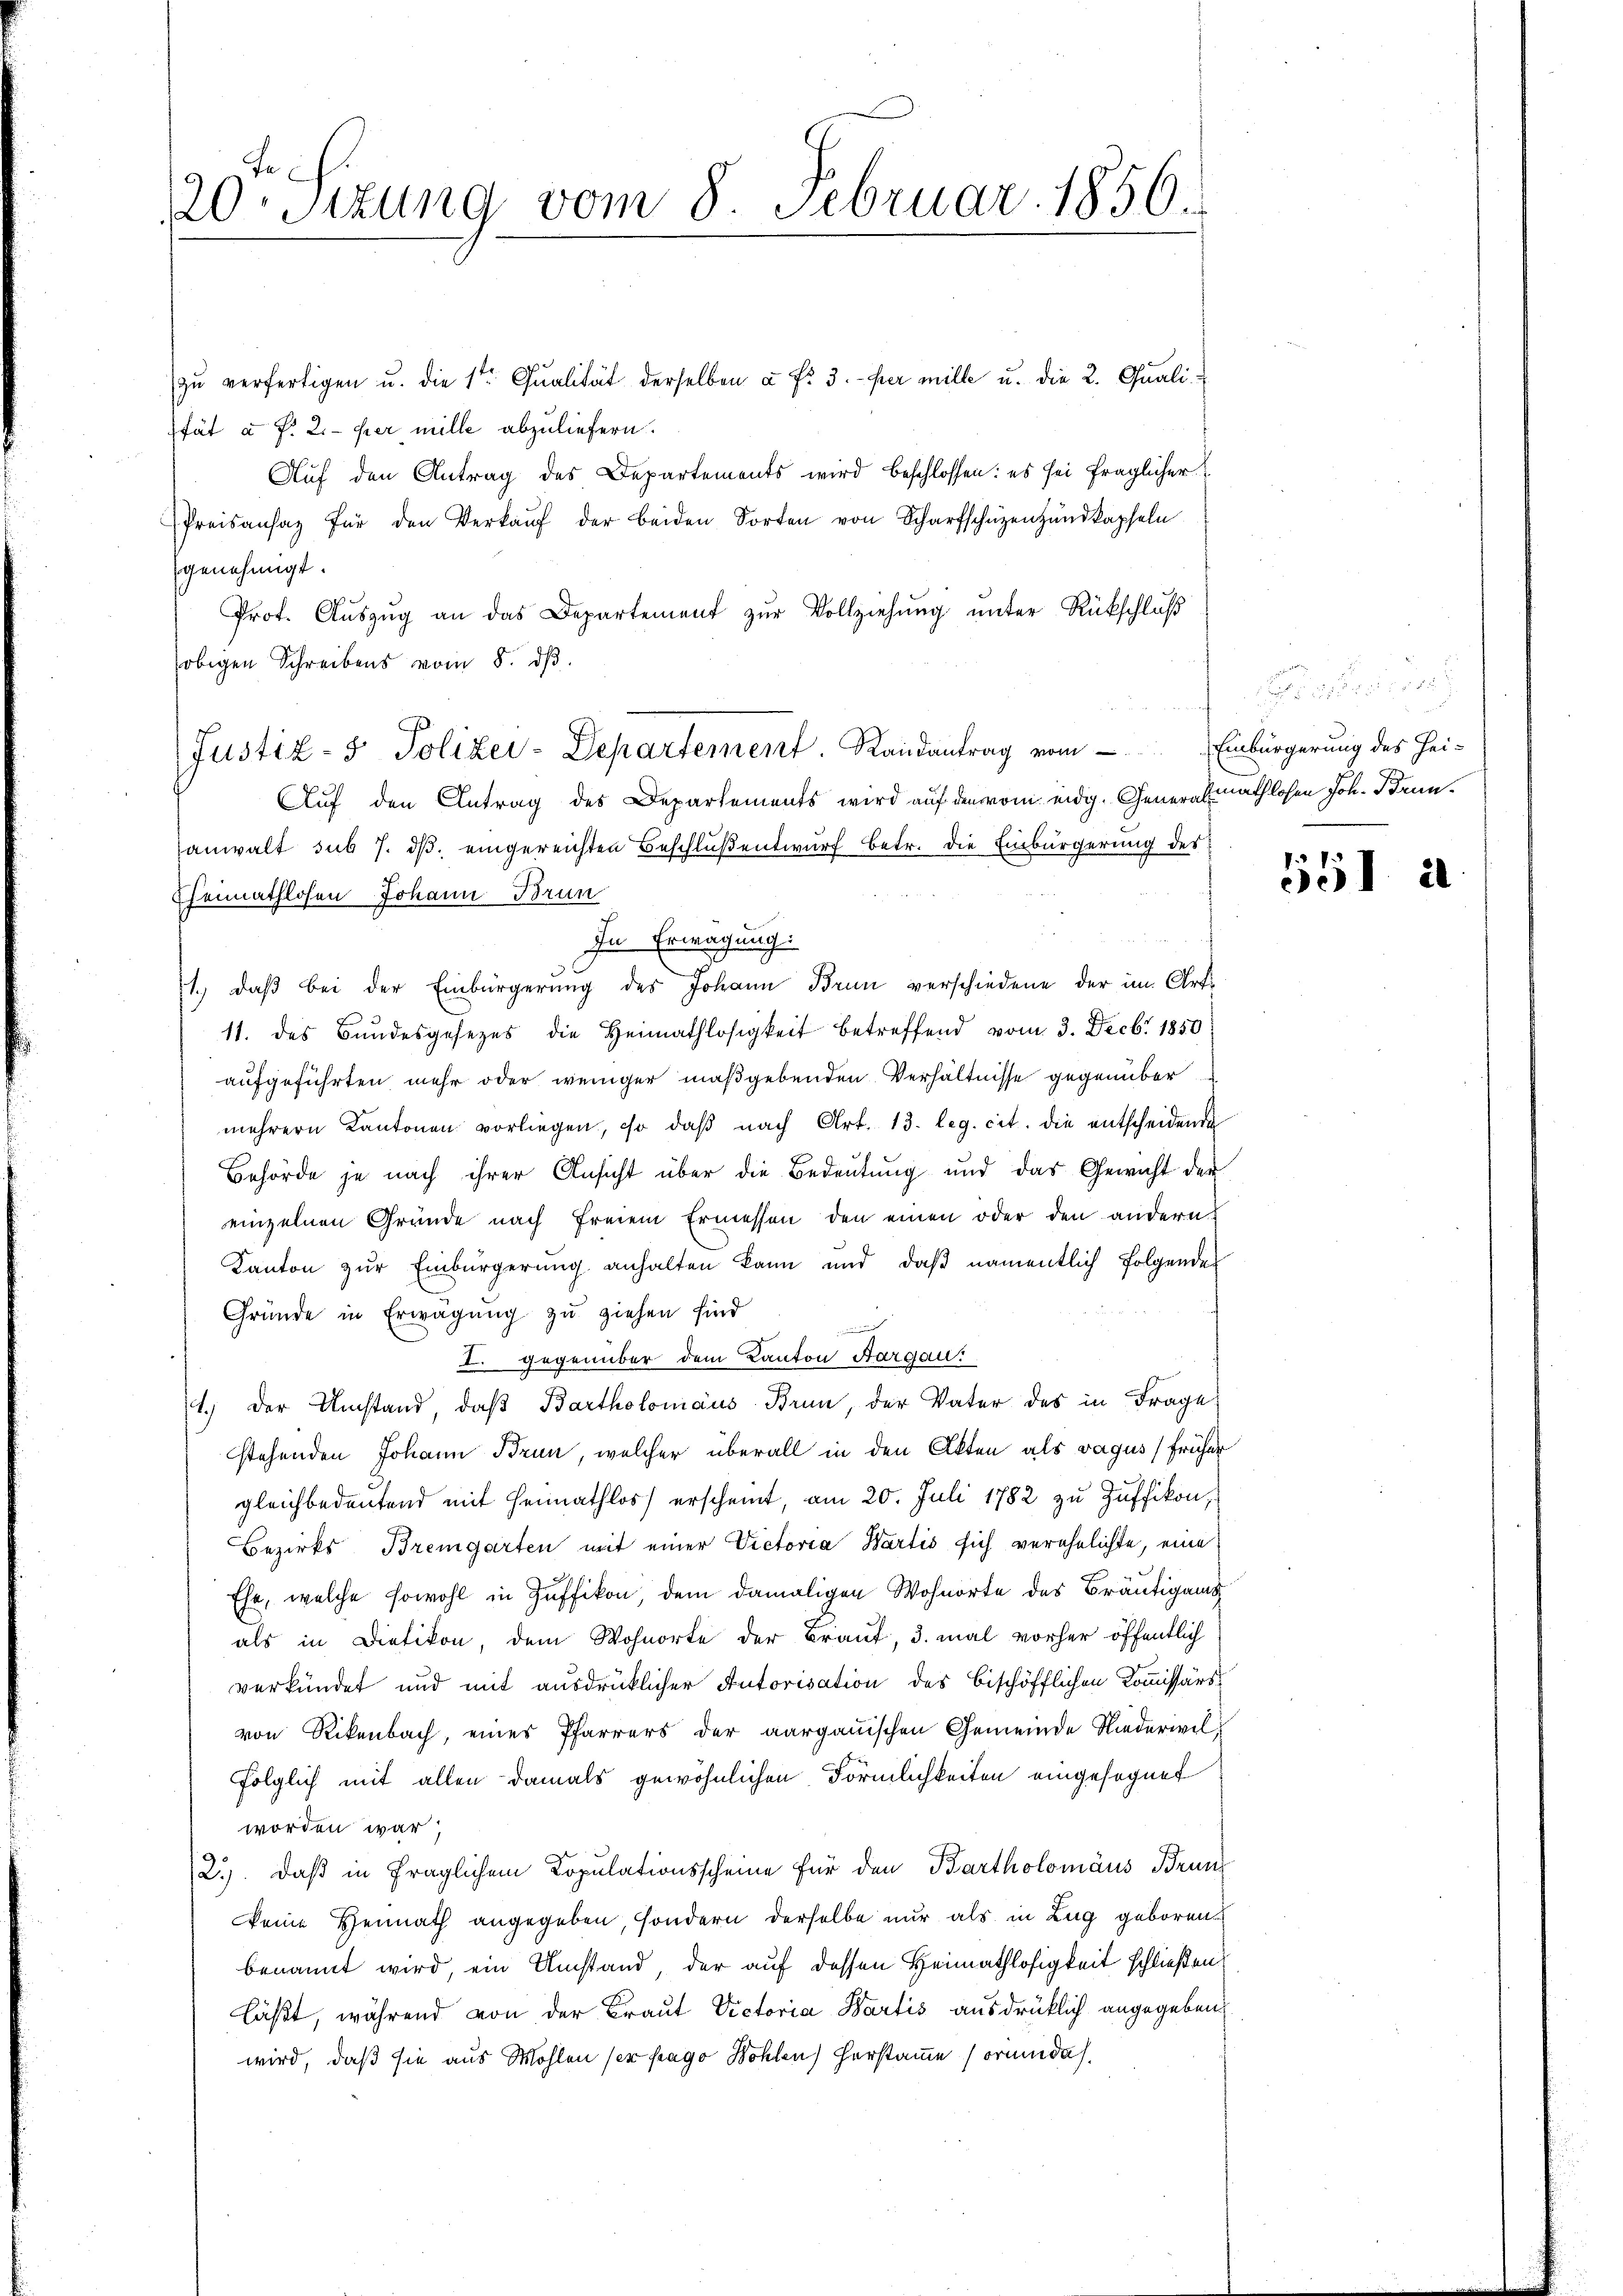
20. Sizung vom 8. Februar 1856.

zŭ verfertigen u. die 1ten Qualität derselben u. fr. 3. per mille u. die 2. Quali-
stät à Fr. 2. per mille abzuliefern.
Aŭf den Antrag des Departements wird beschlossen: es sei fraglicher
Preisansaz für den Verkaŭf der beiden Sorten von Scharfschüzenŭndkapseln
genehmigt.
Prot. Aŭszŭg an das Departement zŭr Vollziehŭng ŭnter Rückschluβ
obigen Schreibens vom 8. dβ.
anwalt sub 7. dβ eingereichten Beschluß entwurf betr. die Einbürgerung des
Cheimathlosen Johann Brun
In Erwägung:
1., daβ bei der Einbürgerung des Johann Brun verschiedene der im Orts
11. des Bundesgesezes die Heimathlosigkeit betreffend vom 3. Decbr 1850
aufgeführten mehr oder weniger maßgebenden Verhältnisse gegenüber
mehrern Kantonen vorliegen, so daβ nach Art. 13. leg. cit. die entscheidende
Behörde je nach ihrer Ansicht über die Bedeutung und das Gewicht der
einzelnen Gründe nach freiem Ermessen den einen oder den andern
Kanton zŭr Einbürgerŭng anhalten kann und daβ namentlich folgende
Gründe in Erwägung zu ziehen sind

I. gegenüber dem Kanton Aargau.
1.) Der Umstand, daß Bartholomaus Brun, der Vater des in Frage
stehenden Johann Brun, welcher überall in den Akten als vagus früher
gleichbedeutend mit Heimathloss erscheint, am 20. Juli 1782 zu Züffikon,
Bezirks Bremgarten mit einer Victoria Wartis sich verehelichte, eine
Ehe, welche sowohl in Zuffikon, dem damaligen Wohnorte des Bräutigams
als in Dietikon, dem Wohnorte der Braut, 3 mal vorher öffentlich
verkündet und mit ausdrücklicher Autorisation des beschöfflichen Kommissärs
von Rikenbach, eines Pfarrers der aargauischen Gemeinde Niederivilfolglich mit allen damals gewöhnlichen Förmlichkeiten eingesegnet
worden war.
2.) Daß in fraglichem Copulationsscheine für den Bartholomäus Brun
keine Heimath angegeben, sondern derselbe nur als in Zug geboren
benannt wird, ein Umstand, der auf dessen Heimathlosigkeit schließen,
läßt, während von der Braut Victoria Bartis ausdrücklich angegeben
wird, daß sie aus Wohlen ser frago Bohlen Herstamme sorum dah

Justiz- & Polizei-Departement. Randantrag vom Einbürgerung des Hei-
Auf den Antrag des Departements wird auf den vom eidg. Gener Emathlosen Joh. Brun¬

551 a